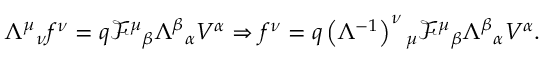
\Lambda ^ { \mu } { } _ { \nu } f ^ { \nu } = q \mathcal { F } ^ { \mu } { } _ { \beta } \Lambda ^ { \beta } { } _ { \alpha } V ^ { \alpha } \Rightarrow f ^ { \nu } = q \left( \Lambda ^ { - 1 } \right) ^ { \nu } { } _ { \mu } \mathcal { F } ^ { \mu } { } _ { \beta } \Lambda ^ { \beta } { } _ { \alpha } V ^ { \alpha } .